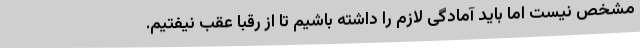
مشخص نیست اما باید آمادگی لازم را داشته باشیم تا از رقبا عقب نیفتیم.